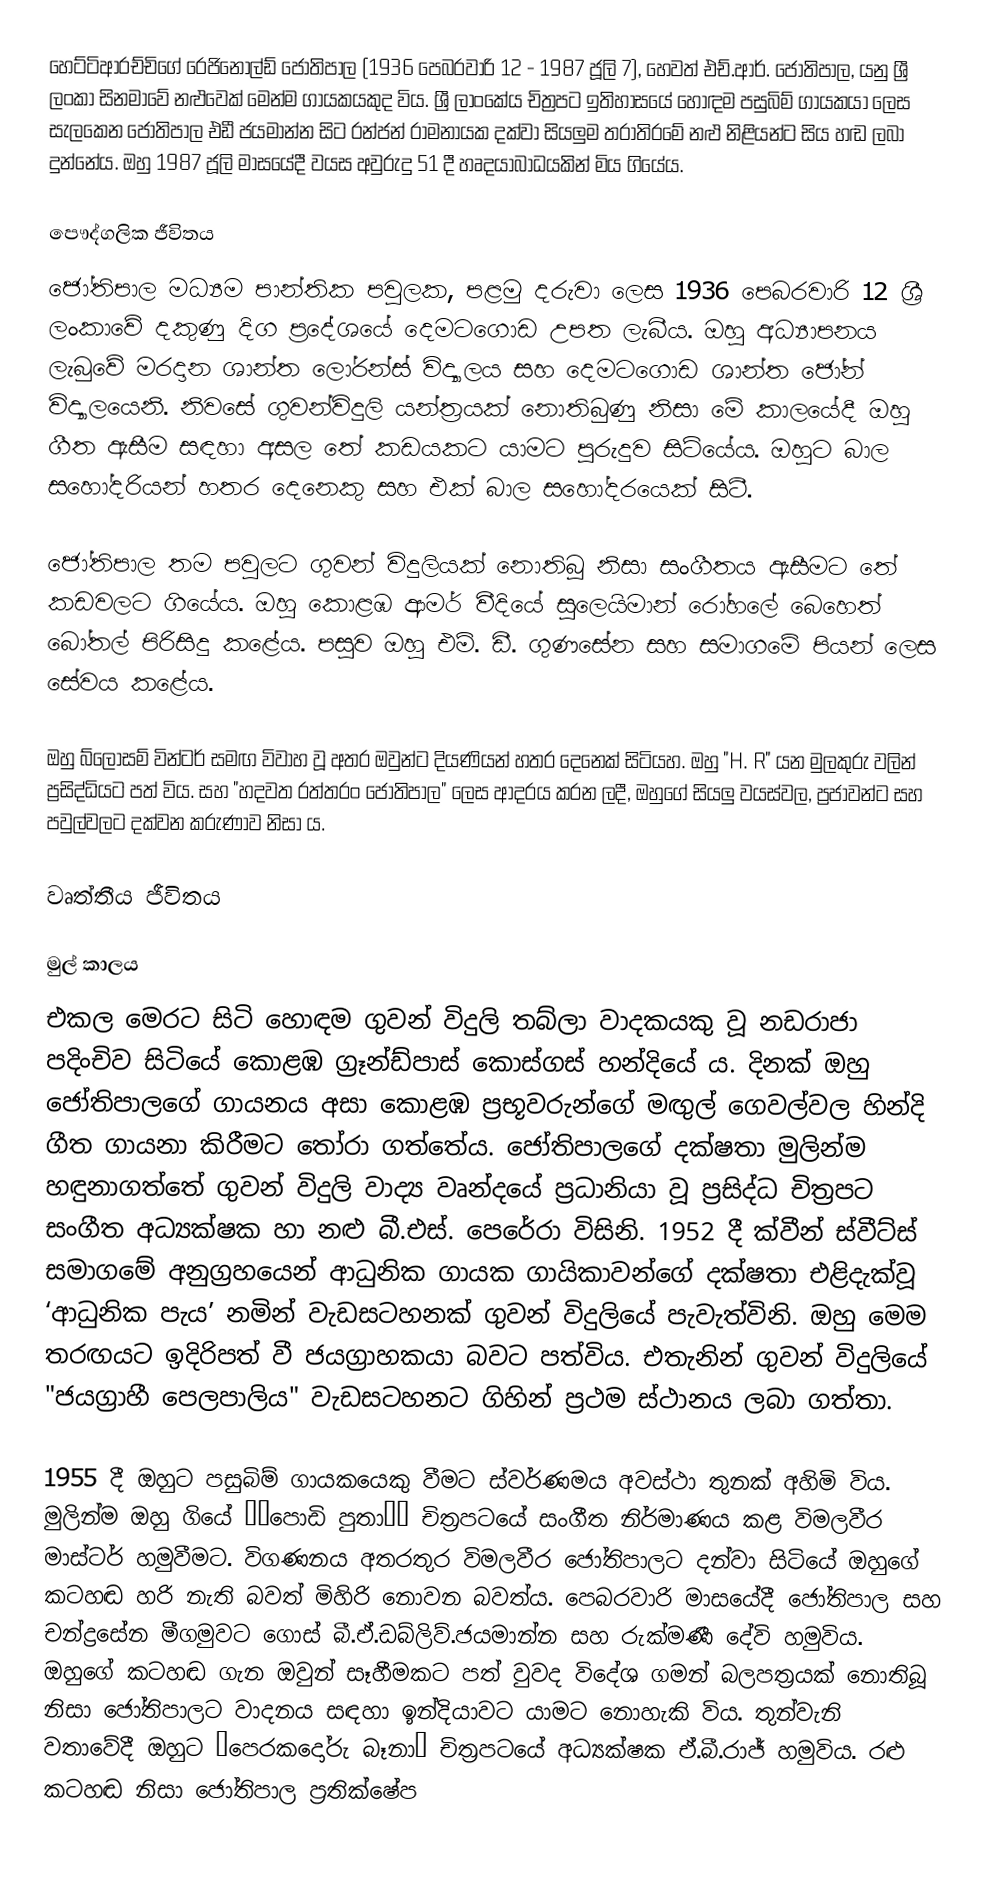
හෙට්ටිආරච්චිගේ රෙජිනෝල්ඩ් ජෝතිපාල  (1936 පෙබරවාරි 12 - 1987 ජූලි 7), හෙවත් එච්.ආර්. ජෝතිපාල, යනු ශ්‍රී ලංකා සිනමාවේ නළුවෙක් මෙන්ම ගායකයකුද විය.  ශ්‍රී ලාංකේය චිත්‍රපට ඉතිහාසයේ හොඳම පසුබිම් ගායකයා ලෙස සැලකෙන ජෝතිපාල එඩී ජයමාන්න සිට රන්ජන් රාමනායක දක්වා සියලුම තරාතිරමේ නළු නිළියන්ට සිය හඬ ලබා දුන්නේය. ඔහු 1987 ජූලි මාසයේදී වයස අවුරුදු 51 දී හෘදයාබාධයකින් මිය ගියේය.

පෞද්ගලික ජීවිතය
ජෝතිපාල මධ්‍යම පාන්තික පවුලක, පළමු දරුවා ලෙස 1936 පෙබරවාරි 12 ශ්‍රී ලංකාවේ දකුණු දිග ප්‍රදේශයේ දෙමටගොඩ උපත ලැබීය. ඔහු අධ්‍යාපනය ලැබුවේ මරදාන ශාන්ත ලෝරන්ස් විද්‍යාලය සහ දෙමටගොඩ ශාන්ත ජෝන් විද්‍යාලයෙනි. නිවසේ ගුවන්විදුලි යන්ත්‍රයක් නොතිබුණු නිසා මේ කාලයේදී ඔහු ගීත ඇසීම සඳහා අසල තේ කඩයකට යාමට පුරුදුව සිටියේය. ඔහුට බාල සහෝදරියන් හතර දෙනෙකු සහ එක් බාල සහෝදරයෙක් සිටී.

ජෝතිපාල තම පවුලට ගුවන් විදුලියක් නොතිබූ නිසා සංගීතය ඇසීමට තේ කඩවලට ගියේය. ඔහු කොළඹ ආමර් වීදියේ සුලෙයිමාන් රෝහලේ බෙහෙත් බෝතල් පිරිසිදු කළේය. පසුව ඔහු එම්. ඩී. ගුණසේන සහ සමාගමේ පියන් ලෙස සේවය කළේය.

ඔහු බ්ලොසම් වින්ටර් සමඟ විවාහ වූ අතර ඔවුන්ට දියණියන් හතර දෙනෙක් සිටියහ. ඔහු "H. R" යන මුලකුරු වලින් ප්‍රසිද්ධියට පත් විය. සහ "හදවත රත්තරං ජෝතිපාල" ලෙස ආදරය කරන ලදී, ඔහුගේ සියලු වයස්වල, ප්‍රජාවන්ට සහ පවුල්වලට දක්වන කරුණාව නිසා ය.

වෘත්තීය ජීවිතය

මුල් කාලය
එකල මෙරට සිටි හොඳම ගුවන් විදුලි තබ්ලා වාදකයකු වූ නඩරාජා පදිංචිව සිටියේ කොළඹ ග්‍රෑන්ඩ්පාස් කොස්ගස් හන්දියේ ය. දිනක් ඔහු ජෝතිපාලගේ ගායනය අසා කොළඹ ප්‍රභූවරුන්ගේ මඟුල් ගෙවල්වල හින්දි ගීත ගායනා කිරීමට තෝරා ගත්තේය. ජෝතිපාලගේ දක්ෂතා මුලින්ම හඳුනාගත්තේ ගුවන් විදුලි වාද්‍ය වෘන්දයේ ප්‍රධානියා වූ ප්‍රසිද්ධ චිත්‍රපට සංගීත අධ්‍යක්ෂක හා නළු බී.එස්. පෙරේරා විසිනි. 1952 දී ක්වීන් ස්වීට්ස් සමාගමේ අනුග්‍රහයෙන් ආධුනික ගායක ගායිකාවන්ගේ දක්ෂතා එළිදැක්වූ ‘ආධුනික පැය’ නමින් වැඩසටහනක් ගුවන් විදුලියේ පැවැත්විනි. ඔහු මෙම තරඟයට ඉදිරිපත් වී ජයග්‍රාහකයා බවට පත්විය. එතැනින් ගුවන් විදුලියේ "ජයග්‍රාහී පෙලපාලිය" වැඩසටහනට ගිහින් ප්‍රථම ස්ථානය ලබා ගත්තා.

1955 දී ඔහුට පසුබිම් ගායකයෙකු වීමට ස්වර්ණමය අවස්ථා තුනක් අහිමි විය. මුලින්ම ඔහු ගියේ ‘‘පොඩි පුතා’’ චිත්‍රපටයේ සංගීත නිර්මාණය කළ විමලවීර මාස්ටර් හමුවීමට. විගණනය අතරතුර විමලවීර ජෝතිපාලට දන්වා සිටියේ ඔහුගේ කටහඬ හරි නැති බවත් මිහිරි නොවන බවත්ය. පෙබරවාරි මාසයේදී ජෝතිපාල සහ චන්ද්‍රසේන මීගමුවට ගොස් බී.ඒ.ඩබ්ලිව්.ජයමාන්න සහ රුක්මණී දේවි හමුවිය. ඔහුගේ කටහඬ ගැන ඔවුන් සෑහීමකට පත් වුවද විදේශ ගමන් බලපත්‍රයක් නොතිබූ නිසා ජෝතිපාලට වාදනය සඳහා ඉන්දියාවට යාමට නොහැකි විය. තුන්වැනි වතාවේදී ඔහුට “පෙරකදෝරු බෑනා” චිත්‍රපටයේ අධ්‍යක්ෂක ඒ.බී.රාජ් හමුවිය. රළු කටහඬ නිසා ජෝතිපාල ප්‍රතික්ෂේප